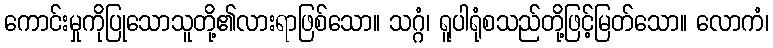
ကောင်းမှုကိုပြုသောသူတို့၏လားရာဖြစ်သော။ သဂ္ဂံ၊ ရူပါရုံစသည်တို့ဖြင့်မြတ်သော။ လောကံ၊